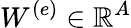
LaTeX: W^{(e)}\in\mathbb{R}^{A}